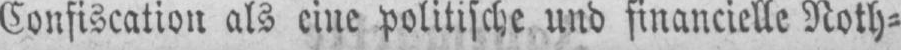
Confiscation als eine politische und financielle Noth⸗